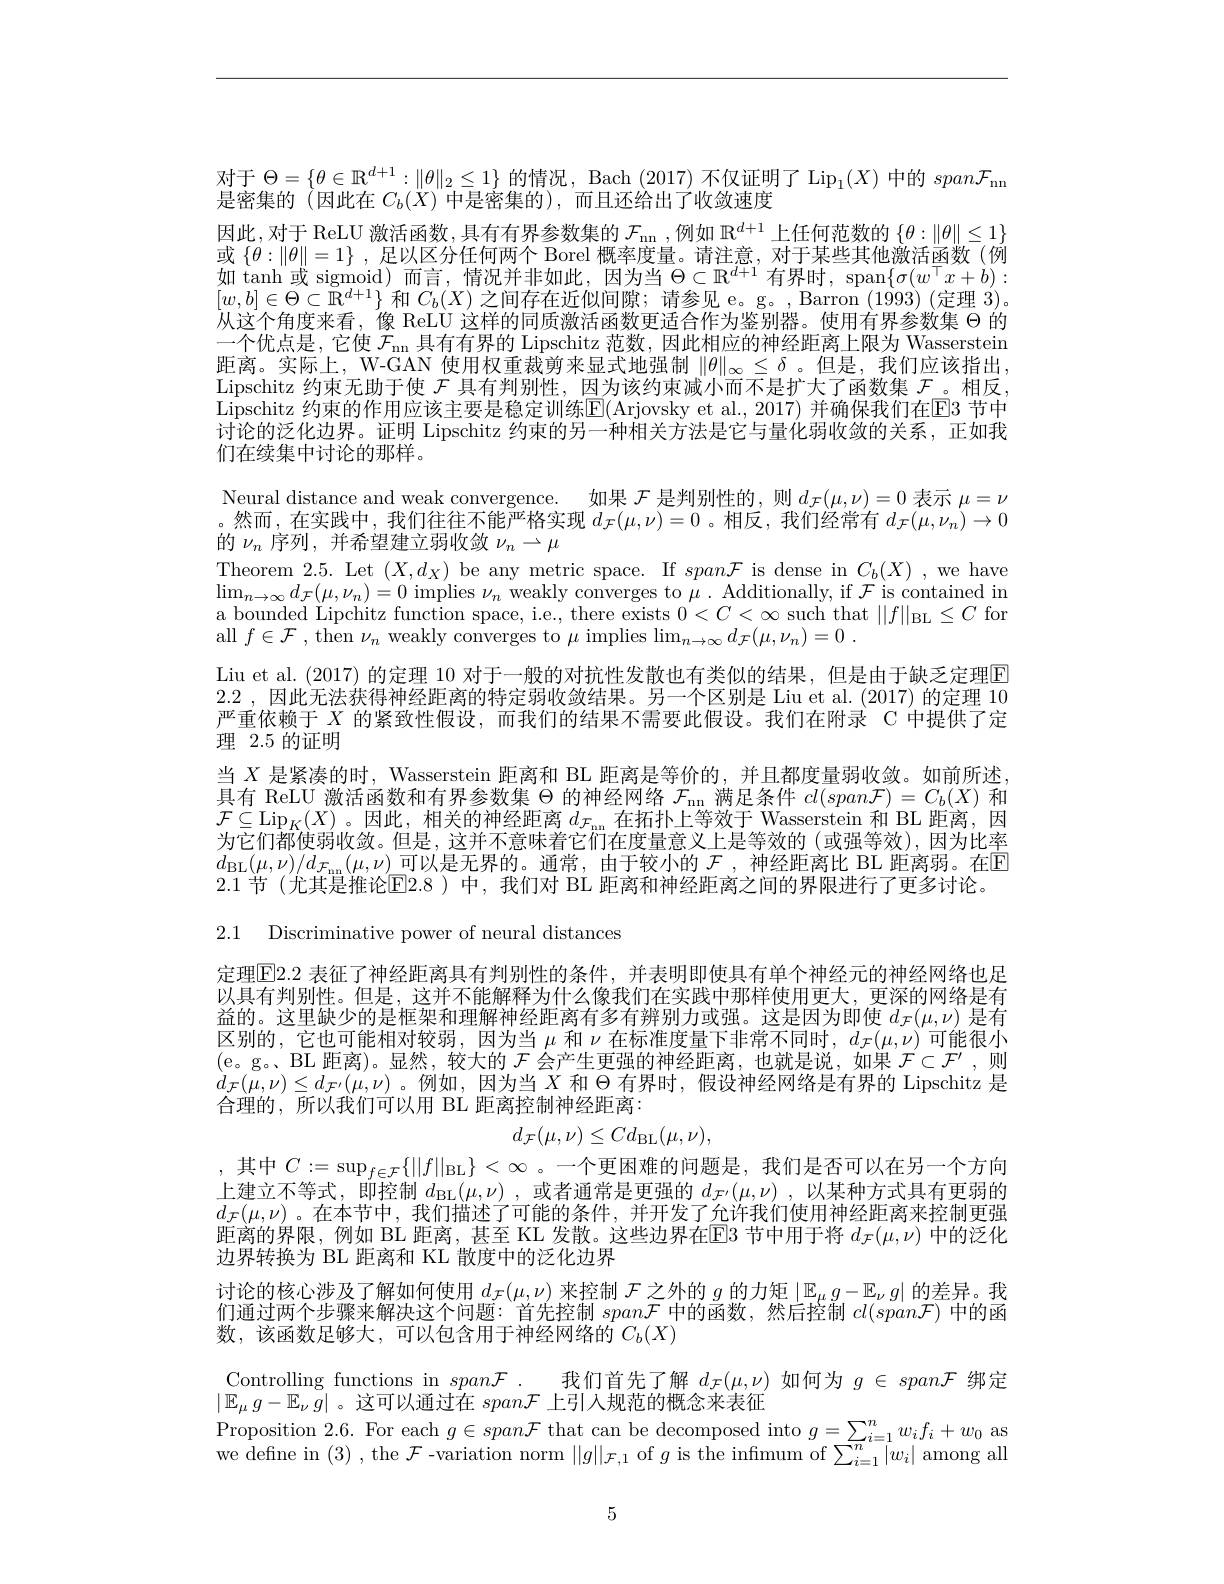
对于$\Theta=\{\theta\in\mathbb{R}^{d+1}:\|\theta\|_2\leq1\}$的情况，Bach (2017) 不仅证明了$\operatorname{Lip}_1(X)$中的$span\mathcal{F}_\mathrm{nn}$
是密集的 (因此在$C_b(X)$中是密集的),而且还给出了收敛速度
因此，对于 ReLU 激活函数，具有有界参数集的 $\mathcal{F}_\mathrm{nn}$,例如 $\mathbb{R}^d+1$ 上任何范数的 $\{\theta:\|\theta\|\leq1\}$ 或$\{\theta:\|\theta\|=1\}$ ,足以区分任何两个 Borel 概率度量。请注意，对于某些其他激活函数(例如 tanh 或 sigmoid)而言，情况并非如此，因为当$\Theta\subset\mathbb{R}^d+1$有界时，span$\{\sigma(w^\top x+b):$ $[w,b]\in\Theta\subset\mathbb{R}^{d+1}\}$和$C_b(X)$之间存在近似间隙；请参见 e。g。,Barron (1993) (定理 3)。从这个角度来看，像 ReLU 这样的同质激活函数更适合作为鉴别器。使用有界参数集$\Theta$的一个优点是，它使 $\mathcal{F}_\mathrm{~mn~}$具有有界的 Lipschitz 范数，因此相应的神经距离上限为 Wasserstein 距离。实际上，W-GAN 使用权重裁剪来显式地强制$\|\theta\|_\infty\leq\delta$ 。但是，我们应该指出， Lipschitz 约束无助于使$\mathcal{F}$具有判别性，因为该约束减小而不是扩大了函数集$\mathcal{F}$。相反， $\bar{\text{Lipschitz 约束的作用应该主要是稳定训练}\mathbb{E}}($Arjovsky et al., 2017) 并确保我们在$\overline{\mathrm{E}}$3 节中讨论的泛化边界。证明 Lipschitz 约束的另一种相关方法是它与量化弱收敛的关系，正如我们在续集中讨论的那样。

Neural distance and weak convergence. 如果$\mathcal{F}$是判别性的，则$d_\mathcal{F}(\mu,\nu)=0$表示$\mu=\nu$ 。然而，在实践中，我们往往不能严格实现$d_\mathcal{F}(\mu,\nu)=0$ 。相反，我们经常有$d_\mathcal{F}(\mu,\nu_n)\to0$ 的$\nu_n$序列 ,并希望建立弱收敛$\nu_n\to\mu$
Theorem 2.5. Let $(X,d_X)$ be any metric space. If $span\mathcal{F}$ is dense in $C_b(X)$,we have $\lim_{n\to\infty}d_{\mathcal{F}}(\mu,\nu_{n})=0$ implies $\nu_n$ weakly converges to $\mu.$ Additionally, if $\mathcal{F}$ is contained in a bounded Lipchitz function space, i.e., there exists $0<C<\infty$ such that $||f||_{\mathrm{BL}}\leq C$ for all $f\in \mathcal{F}$ , then $\nu_n$ weakly converges to $\mu$ implies $\lim _n\to \infty d_\mathcal{F} ( \mu , \nu _n) = 0$ .
Liu et al. (2017) 的定理 10 对于一般的对抗性发散也有类似的结果，但是由于缺乏定理$\boxed{\mathrm{E}}$ 2.2 , 因此无法获得神经距离的特定弱收敛结果。另一个区别是 Liu et al.(2017)的定理 10严重依赖于$X$的紧致性假设，而我们的结果不需要此假设。我们在附录 C 中提供了定理 2.5 的证明
当$X$是紧凑的时，Wasserstein 距离和 BL 距离是等价的，并且都度量弱收敛。如前所述， 具有 ReLU 激活函数和有界参数集$\Theta$的神经网络$\mathcal{F}_\mathrm{nn}$满足条件$cl(span\mathcal{F})=C_b(X)$和$\mathcal{F}\subseteq\operatorname{Lip}_K(X)$。因此，相关的神经距离$d_\mathcal{F}_\mathrm{nn}$在拓扑上等效于 Wasserstein 和 BL 距离，因为它们都使弱收敛。但是，这并不意味着它们在度量意义上是等效的(或强等效),因为比率$d_{\mathrm{BL}}(\mu,\nu)/d_{\mathcal{F}_\mathrm{nn}}(\mu,\nu)$ 可以是无界的。通常，由于较小的 $\mathcal{F}$ ,神经距离比 BL 距离弱。在$\mathbb{E}$ 2.1 节(尤其是推论E2.8 )中，我们对 BL 距离和神经距离之间的界限进行了更多讨论。
2.1 Discriminative power of neural distances

定理$\overline{\mathrm{E}}2.2$ 表征了神经距离具有判别性的条件，并表明即使具有单个神经元的神经网络也足以具有判别性。但是，这并不能解释为什么像我们在实践中那样使用更大，更深的网络是有益的。这里缺少的是框架和理解神经距离有多有辨别力或强。这是因为即使$d_\mathcal{F}(\mu,\nu)$是有区别的，它也可能相对较弱，因为当$\mu$和$\nu$在标准度量下非常不同时，$d_\mathcal{F}(\mu,\nu)$可能很小(e。g。BL 距离)。显然，较大的$\mathcal{F}$会产生更强的神经距离，也就是说，如果$\mathcal{F}\subset\mathcal{F}^\prime$,则$d_{\mathcal{F}}(\mu,\nu)\leq d_{\mathcal{F}^{\prime}}(\mu,\nu)$ 。例如，因为当$X$和$\Theta$有界时，假设神经网络是有界的 Lipschitz 是合理的，所以我们可以用 BL 距离控制神经距离：
$$d_{\mathcal{F}}(\mu,\nu)\leq Cd_{\mathrm{BL}}(\mu,\nu),$$
,其中$C:=\sup_f\in\mathcal{F}\{\|f\|_{\mathcal{BL}}\}<\infty$ 。一个更困难的问题是，我们是否可以在另一个方向上建立不等式，即控制$d_{\mathrm{BL}}( \mu , \nu )$ ,或者通常是更强的$d_\mathcal{F} ^{\prime }( \mu , \nu )$ ,以某种方式具有更弱的$d_{\mathcal{F}}(\mu,\nu)$。在本节中，我们描述了可能的条件，并开发了允许我们使用神经距离来控制更强距离的界限，例如 BL 距离，甚至 KL 发散。这些边界在$\overline{\mathrm{E}}$3 节中用于将 $d_\mathcal{F}(\mu,\nu)$ 中的泛化边界转换为 BL 距离和 KL 散度中的泛化边界

讨论的核心涉及了解如何使用$d_\mathcal{F}(\mu,\nu)$来控制$\mathcal{F}$之外的$g$的力矩$|\mathbb{E}_\mu g-\mathbb{E}_\nu g|$的差异。我们通过两个步骤来解决这个问题：首先控制$span\mathcal{F}$中的函数，然后控制$cl(span\mathcal{F})$中的函数，该函数足够大，可以包含用于神经网络的$C_b(X)$
Controlling functions in $span\mathcal{F}$. 我们首先了解$d_\mathcal{F}(\mu,\nu)$如何为$g\in span\mathcal{F}$绑定
$|\mathbb{E}_\mu g-\mathbb{E}_\nu\bar{g}|$ 。这可以通过在$span\mathcal{F}$上引入规范的概念来表征
$\begin{array}{l}{\text{Proposition 2.6. For each }g\in span\mathcal{F}\text{ that can be decomposed into }g=\sum_{i=1}^{n}w_{i}f_{i}+w_{0}\mathrm{~as}}\\{\text{we define in (3), the }\mathcal{F}\text{-variation norm }||g||_{\mathcal{F},1}\text{ of }g\text{ is the infimum of }\sum_{i=1}^{n}|w_{i}|\mathrm{~among~all}}\end{array}$

5